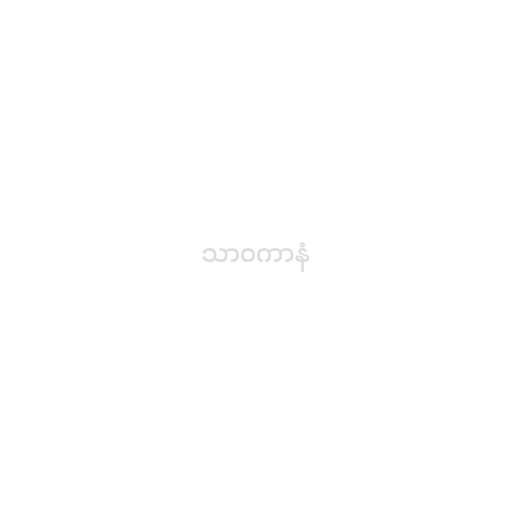
သာဝကာနံ